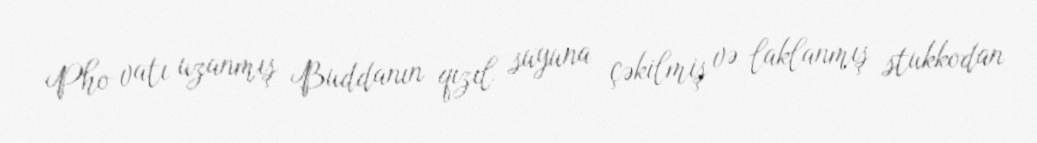
Pho vatı uzanmış Buddanın qızıl suyuna çəkilmiş və laklanmış stukkodan